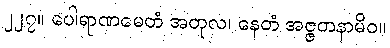
၂၂၇။ ပေါရာဏမေတံ အတုလ၊ နေတံ အဇ္ဇတနာမိဝ။